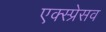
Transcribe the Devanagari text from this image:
एक्स्प्रेसव